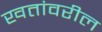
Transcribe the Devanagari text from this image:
खतांवरील